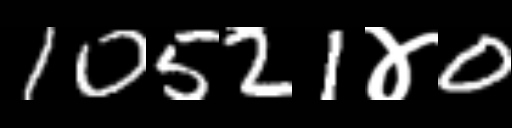
Text: 10521४0